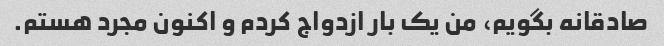
صادقانه بگویم، من یک بار ازدواج کردم و اکنون مجرد هستم.